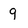
Character: 9